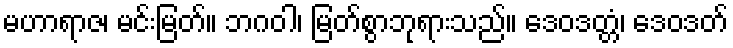
မဟာရာဇ၊ မင်းမြတ်။ ဘဂဝါ၊ မြတ်စွာဘုရားသည်။ ဒေဝဒတ္တံ၊ ဒေဝဒတ်